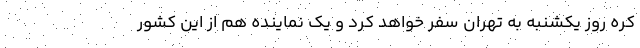
کره روز یکشنبه به تهران سفر خواهد کرد و یک نماینده هم از این کشور